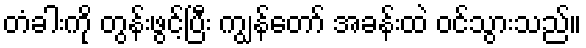
တံခါးကို တွန်းဖွင့်ပြီး ကျွန်တော် အခန်းထဲ ဝင်သွားသည်။